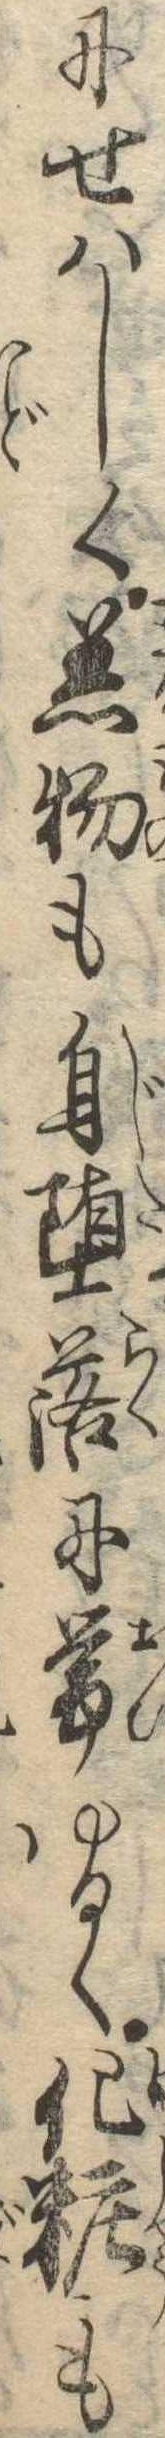
にせはしく着物も自堕落に帯ゆるく化粧も